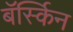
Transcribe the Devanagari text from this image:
बॅर्स्किन